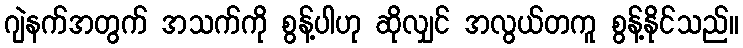
ဂျဲနက်အတွက် အသက်ကို စွန့်ပါဟု ဆိုလျှင် အလွယ်တကူ စွန့်နိုင်သည်။